Lunatic asylums Punjab 1881-1894 - 1881-1894
Year: 1881
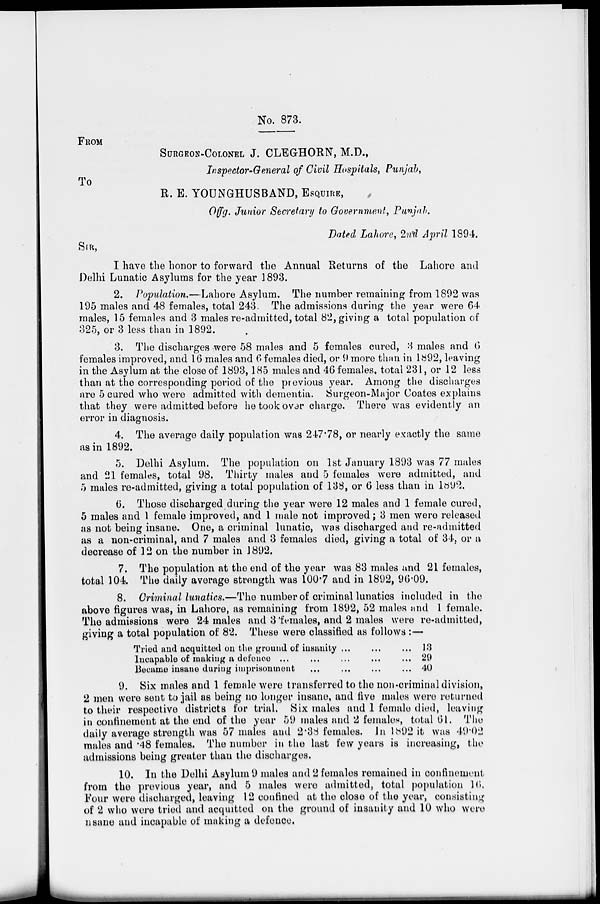
No. 873.
FROM
SURGEON-COLONEL J. CLEGHORN, M.D.,
Inspector-General of Civil Hospitals, Punjab,
To
R. E. YOUNGHUSBAND, ESQUIRE ,
Offg. Junior Secretary to Government, Punjab.
Dated Lahore, 2nd April 1894.
SIR,
I have the honor to forward the Annual Returns of the Lahore and
Delhi Lunatic Asylums for the year 1893.
2. Population.—Lahore Asylum. The number remaining from 1892 was
195 males and 48 females, total 243. The admissions during the year were 64
males, 15 females and 3 males re-admitted, total 82, giving a total population of
325, or 3 less than in 1892.
3. The discharges were 58 males and 5 females cured, 3 males and 6
females improved, and 16 males and 6 females died, or 9 more than in 1892, leaving
in the Asylum at the close of 1893,185 males and 46 females, total 231, or 12 less
than at the corresponding period of the previous year. Among the discharges
are 5 cured who were admitted with dementia. Surgeon-Major Coates explains
that they were admitted before he took over charge. There was evidently an
error in diagnosis.
4. The average daily population was 247.78, or nearly exactly the same
as in 1892.
5. Delhi Asylum. The population on 1st January 1893 was 77 males
and 21 females, total 98. Thirty males and 5 females were admitted, and
5 males re-admitted, giving a total population of 138, or 6 less than in 1892.
6. Those discharged during the year were 12 males and 1 female cured,
5 males and 1 female improved, and 1 male not improved; 3 men were released
as not being insane. One, a criminal lunatic, was discharged and re-admitted
as a non-criminal, and 7 males and 3 females died, giving a total of 34, or a
decrease of 12 on the number in 1892.
7. The population at the end of the year was 83 males and 21 females,
total 104. The daily average strength was 100.7 and in 1892, 96.09.
8. Criminal lunatics.—The number of criminal lunatics included in the
above figures was, in Lahore, as remaining from 1892, 52 males and 1 female.
The admissions were 24 males and 3 females, and 2 males were re-admitted,
giving a total population of 82. These were classified as follows :—
Tried and acquitted on the ground of insanity ... ... ...
Incapable of making a defence ... ... ... ... ...
Became insane during imprisonment ... ... ... ...
13
29
40
9. Six males and 1 female were transferred to the non-criminal division,
2 men were sent to jail as being no longer insane, and five males were returned
to their respective districts for trial. Six males and 1 female died, leaving
in confinement at the end of the year 59 males and 2 females, total 61. The
daily average strength was 57 males and 2.38 females. In 1892 it was 49.02
males and .48 females. The number in the last few years is increasing, the
admissions being greater than the discharges.
10. In the Delhi Asylum 9 males and 2 females remained in confinement
from the previous year, and 5 males were admitted, total population 16.
Four were discharged, leaving 12 confined at the close of the year, consisting
of 2 who were tried and acquitted on the ground of insanity and 10 who were
nsane and incapable of making a defence.